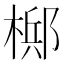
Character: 𬄂